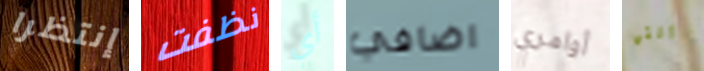
إنتظرا نظفت أي اضافي أوامري التي